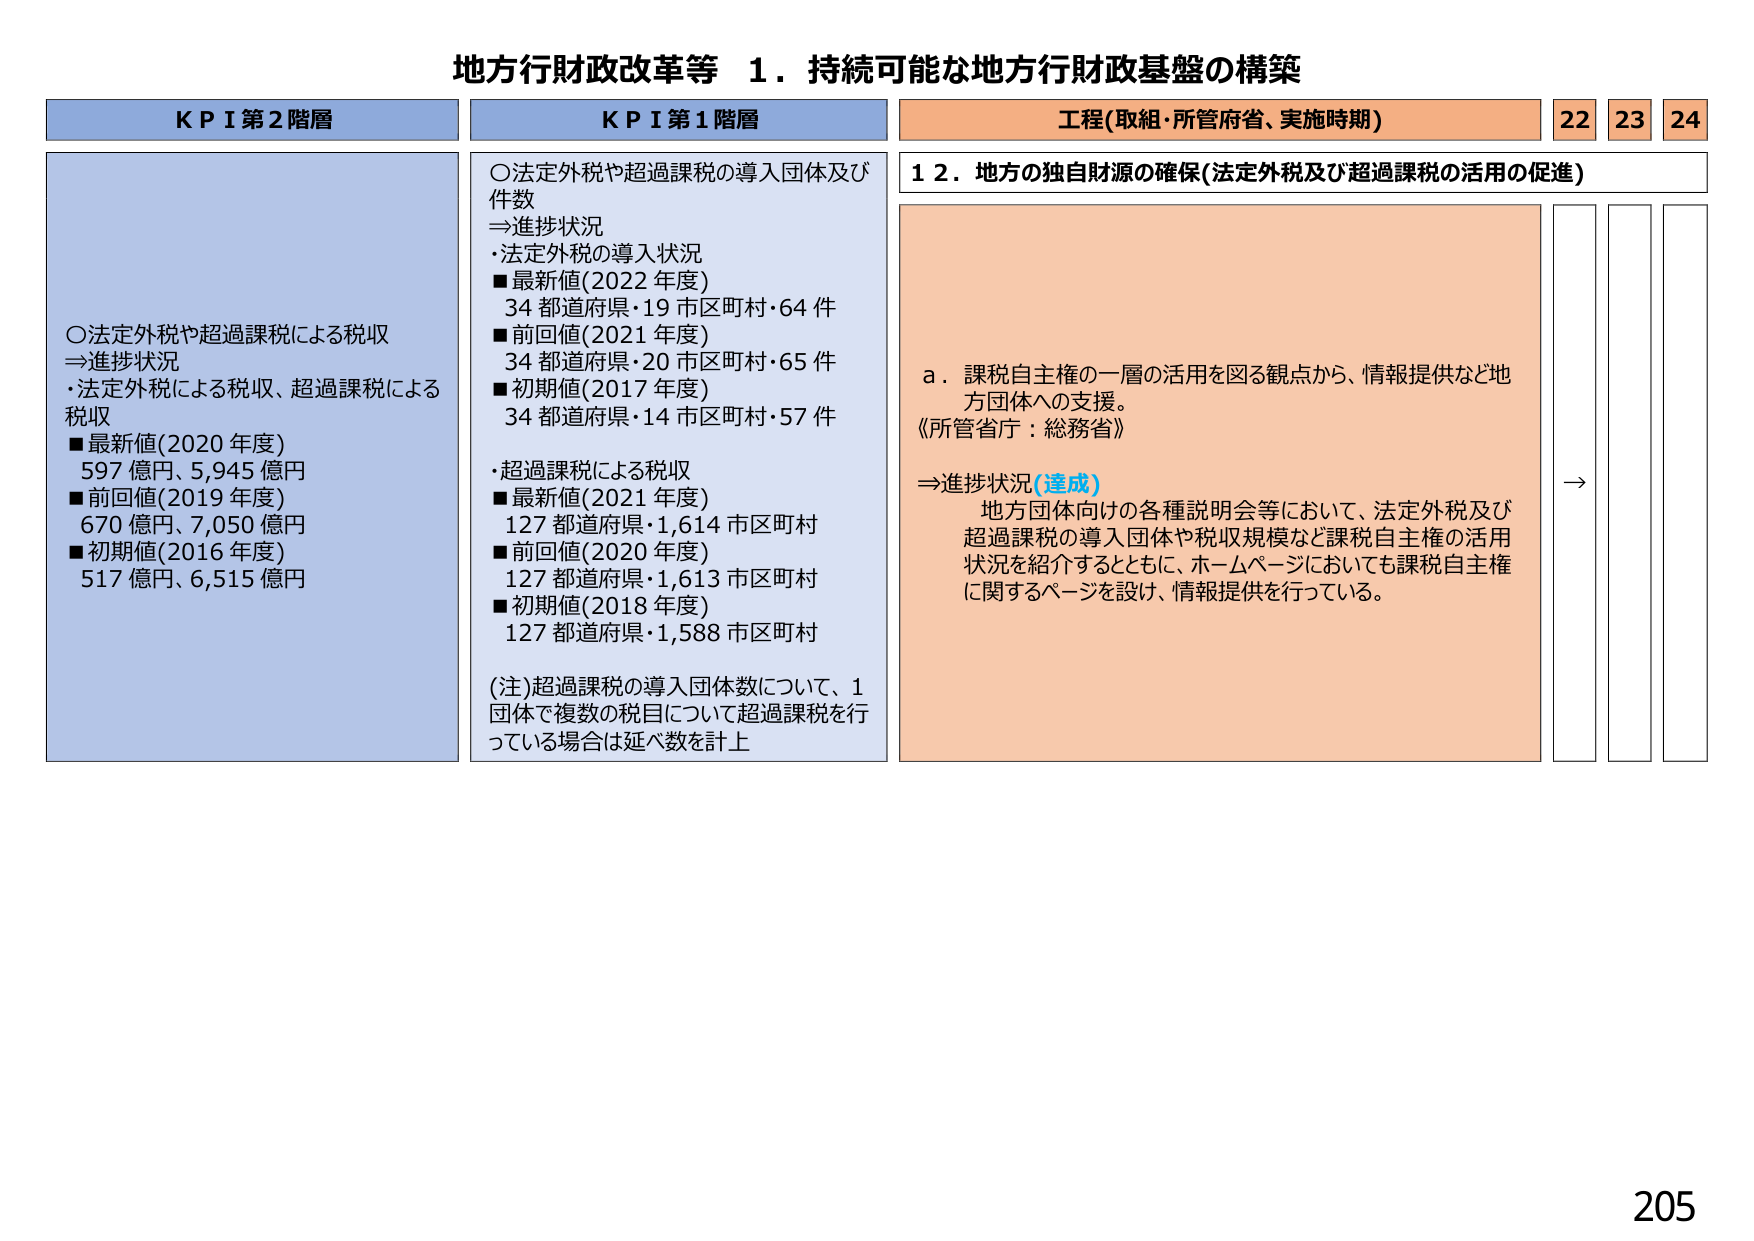
地方行財政改革等 １．持続可能な地方行財政基盤の構築

ＫＰＩ第２階層
○法定外税や超過課税による税収
⇒進捗状況
・法定外税による税収、超過課税による税収
■最新値(2020年度)
597億円、5,945億円
■前回値(2019年度)
670億円、7,050億円
■初期値(2016年度)
517億円、6,515億円

ＫＰＩ第１階層
○法定外税や超過課税の導入団体及び件数
⇒進捗状況
・法定外税の導入状況
■最新値(2022年度)
34都道府県・19市区町村・64件
■前回値(2021年度)
34都道府県・20市区町村・65件
■初期値(2017年度)
34都道府県・14市区町村・57件
・超過課税による税収
■最新値(2021年度)
127都道府県・1,614市区町村
■前回値(2020年度)
127都道府県・1,613市区町村
■初期値(2018年度)
127都道府県・1,588市区町村
(注)超過課税の導入団体数について、1団体で複数の税目について超過課税を行っている場合は延べ数を計上

工程(取組・所管府省、実施時期)
22 23 24

１２．地方の独自財源の確保(法定外税及び超過課税の活用の促進)

ａ．課税自主権の一層の活用を図る観点から、情報提供など地方団体への支援。
《所管省庁：総務省》
⇒進捗状況(達成)
地方団体向けの各種説明会等において、法定外税及び超過課税の導入団体や税収規模など課税自主権の活用状況を紹介するとともに、ホームページにおいても課税自主権に関するページを設け、情報提供を行っている。

→

205